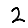
Digit: 2